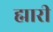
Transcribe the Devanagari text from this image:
ह्मारी